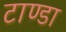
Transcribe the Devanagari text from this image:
टाण्‍डा